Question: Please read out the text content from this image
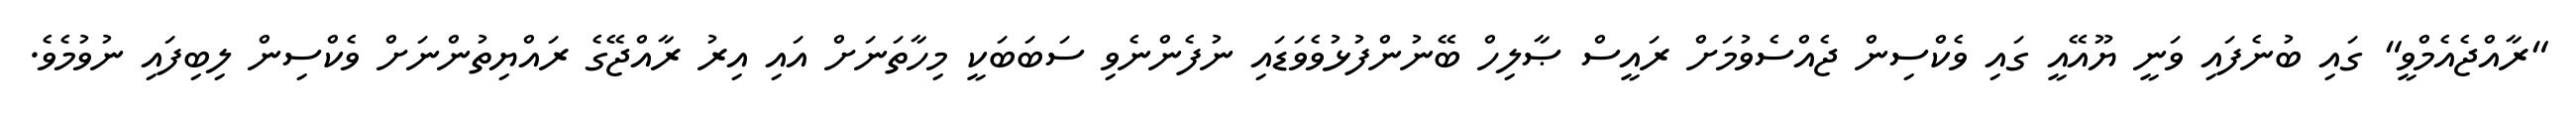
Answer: "ރާއްޖެއެމްވީ" ގައި ބުނެފައި ވަނީ ޔޫއޭއީ ގައި ވެކްސިން ޖެއްސެވުމަށް ރައީސް ޞާލިހް ބޭނުންފުޅުވެވަޑައި ނުފެންނެވި ސަބަބަކީ މިހާތަނަށް އައި އިރު ރާއްޖޭގެ ރައްޔިތުންނަށް ވެކްސިން ލިބިފައި ނުވުމެވެ.